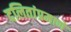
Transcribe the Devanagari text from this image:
दलितांप्रमाणे